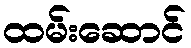
ထမ်းဆောင်